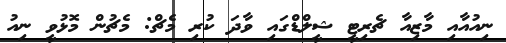
ނިއުއާއި މާޒިއާ ޗެރިޓީ ޝީލްޑްގައި ވާދަ ކުރި މެޗް: މެޗުން މޮޅުވީ ނިއު